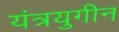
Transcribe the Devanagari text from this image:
यंत्रयुगीन